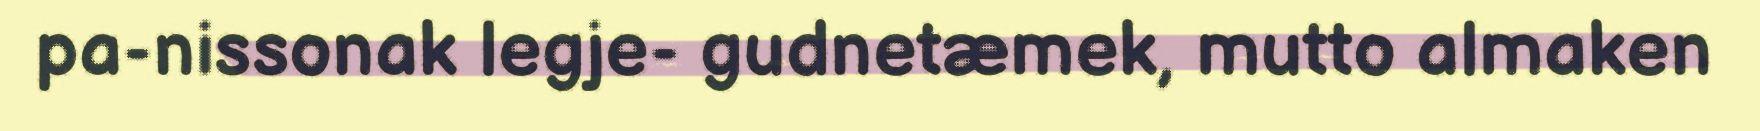
pa-nissonak legje- gudnetæmek, mutto almaken